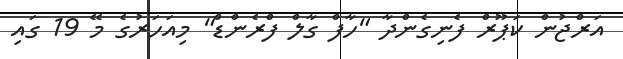
އަރްޖުން ކަޕޫރް ފެނިގެންދާ "ހާފް ގާލް ފްރެންޑް" މިއަހަރުގެ މޭ 19 ގައި